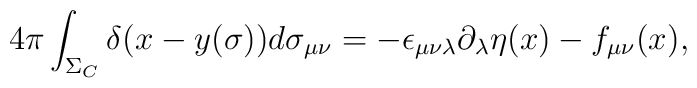
4\pi\int_{\Sigma_{C}}\delta (x-y(\sigma))d\sigma_{\mu\nu} =     -\epsilon_{\mu\nu\lambda}\partial_{\lambda}\eta(x)    -f_{\mu\nu}(x),